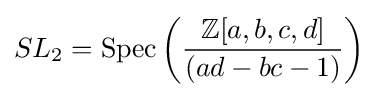
SL_{2}=\operatorname {Spec} \left({\frac {\mathbb {Z} [a,b,c,d]}{(ad-bc-1)}}\right)